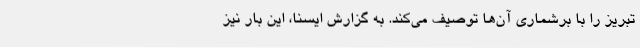
تبریز را با برشماری آن‌ها توصیف می‌کند. به گزارش ایسنا، این بار نیز